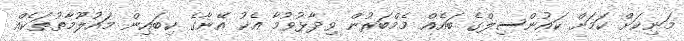
މަނިކަށް ކަމަށް ކައުންސިލްގެ ބައެއް މެމްބަރުން ވިދާޅުވުމާ އެކު އޭނާގެ ކިބައިން މައުލޫމާތުތަކެއް